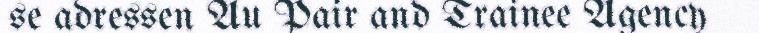
se adressen Au Pair and Trainee Agency